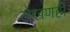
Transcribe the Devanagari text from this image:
लेखणही